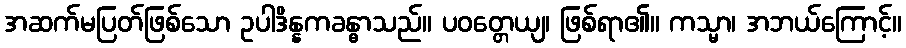
အဆက်မပြတ်ဖြစ်သော ဥပါဒိန္နကခန္ဓာသည်။ ပဝတ္တေယျ၊ ဖြစ်ရာ၏။ ကသ္မာ၊ အဘယ်ကြောင့်။